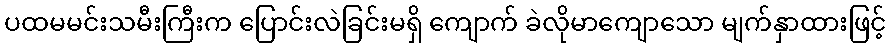
ပထမမင်းသမီးကြီးက ပြောင်းလဲခြင်းမရှိ ကျောက် ခဲလိုမာကျောသော မျက်နှာထားဖြင့်